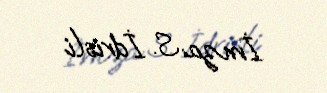
İmza: S. İdrisli